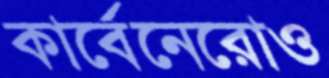
কার্বেনেরোও